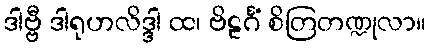
ဒါဗ္ဗီ ဒါရုဟလိဒ္ဒါ ထ၊ ဗိဠင်္ဂံ စိတြတဏ္ဍုလာ။